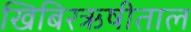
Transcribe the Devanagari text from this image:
खिबिरऋषीताल